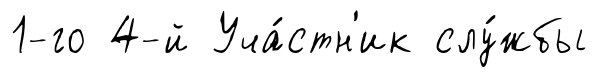
1-го 4-й Уча́стн'ик слу́жбы